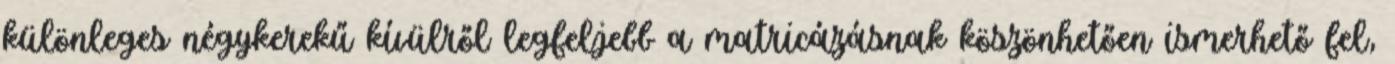
különleges négykerekű kívülről legfeljebb a matricázásnak köszönhetően ismerhető fel,